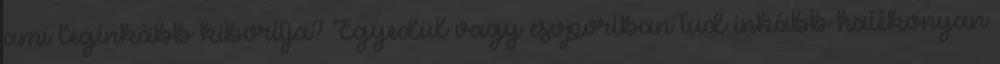
ami leginkább kiborítja? Egyedül vagy csoportban tud inkább hatékonyan